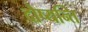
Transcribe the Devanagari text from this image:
दौष्यन्ति